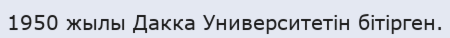
1950 жылы Дакка Университетін бітірген.